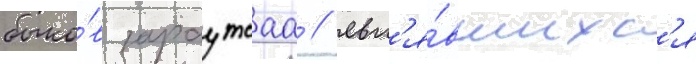
быко́в зараутсаа / явл'я́вшихс'я